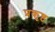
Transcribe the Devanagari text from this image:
प्रकृष्ठ